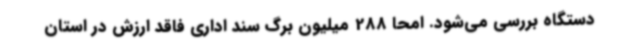
دستگاه بررسی می‌شود. امحا 288 میلیون برگ سند اداری فاقد ارزش در استان